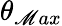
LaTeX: \theta_{\mathscr{M}ax}